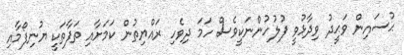
ޙުސައިން ވަޙީދު ވިދާޅުވީ ފުލުހުންނަކީވެސް ހަމަ ދިވެހި ރައްޔިތުން ކަމަށާއި ތަފާތަކީ ޔުނިފޯމާއި